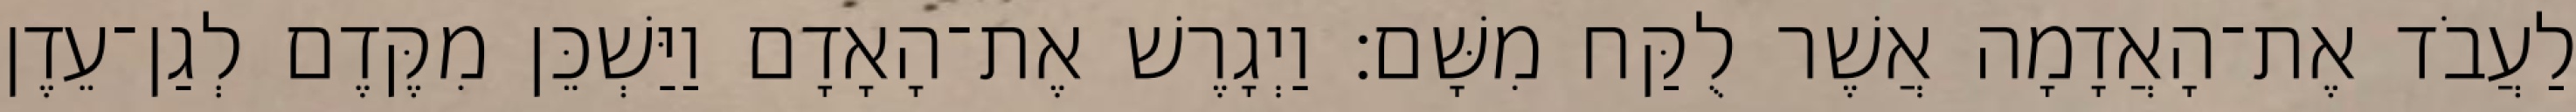
לַעֲבֹד אֶת־הָאֲדָמָה אֲשֶׁר לֻקַּח מִשָּׁם׃ וַיְגָרֶשׁ אֶת־הָאָדָם וַיַּשְׁכֵּן מִקֶּדֶם לְגַן־עֵדֶן